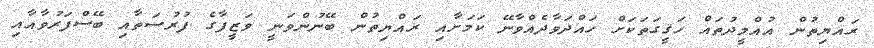
ރައްޔިތުން އުއްމީދުތައް ހަޤީގަތަކަށް ހައްދަވާދެއްވާނޭ ކަމަށާއި ރައްޔިތުން ބޭނުންވަނީ ވަޒީފާގެ ފުރުސަތާއި ބޭސްފަރުވާއާއި